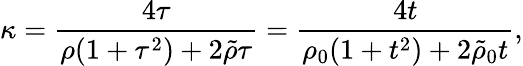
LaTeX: \kappa={\frac{4\tau}{\rho(1+\tau^{2})+2\tilde{\rho}\tau}}={\frac{4t}{\rho_{0}(1+t^{2})+2\tilde{\rho}_{0}t}},